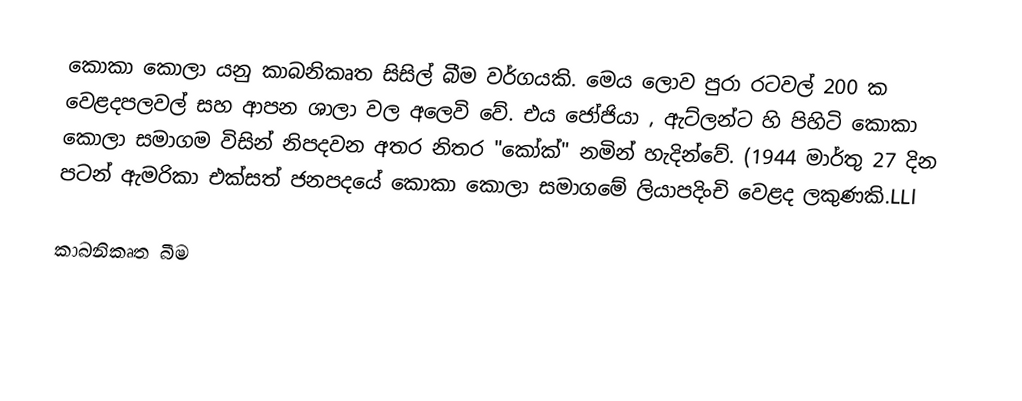
කොකා කොලා යනු කාබනිකෘත සිසිල් බීම වර්ගයකි. මෙය ලොව පුරා රටවල් 200 ක වෙළදපලවල් සහ ආපන ශාලා වල අලෙවි වේ. එය ජෝජියා , ඇට්ලන්ට හි පිහිටි කොකා කොලා සමාගම විසින් නිපදවන අතර නිතර "කෝක්" නමින් හැදින්වේ. (1944 මාර්තු 27 දින පටන් ඇමරිකා එක්සත් ජනපදයේ කොකා කොලා සමාගමේ ලියාපදිංචි වෙළද ලකුණකි.LLl

කාබනිකෘත බීම